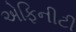
એફિનીટી